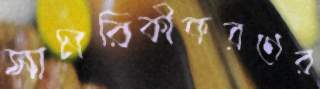
সামরিকীকরণের